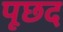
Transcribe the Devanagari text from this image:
पूछद